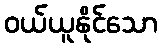
ဝယ်ယူနိုင်သော